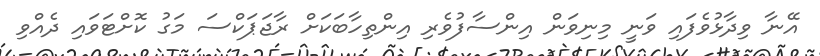
އޭނާ ވިދާޅުވެފައި ވަނީ މިނިވަން އިންސާފުވެރި އިންތިހާބަކަށް ރާޖަޕަކްސަ މަގު ކޮށްޓަވައި ދެއްވި